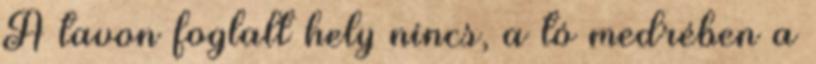
A tavon foglalt hely nincs, a tó medrében a